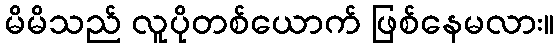
မိမိသည် လူပိုတစ်ယောက် ဖြစ်နေမလား။